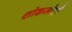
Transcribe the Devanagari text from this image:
शोकमोहौ